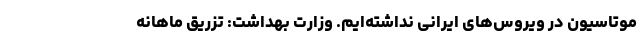
موتاسیون در ویروس‌های ایرانی نداشته‌ایم. وزارت بهداشت: تزریق ماهانه